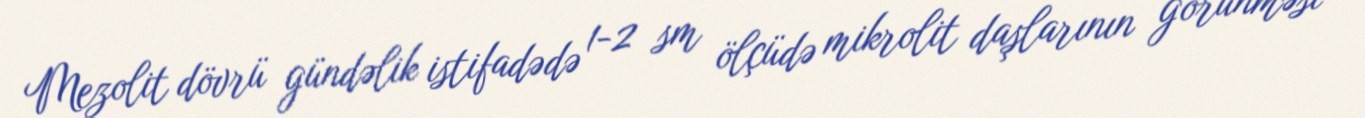
Mezolit dövrü gündəlik istifadədə 1-2 sm ölçüdə mikrolit daşlarının görünməsi